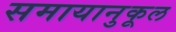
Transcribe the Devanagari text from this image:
समायानुकूल